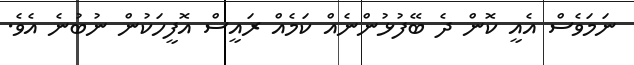
ނަމަވެސް އެއީ ކޮން ދެ ބޭފުޅުންނެއް ކަމެއް ރައީސް އޮފީހަކުން ނުބުނެ އެވެ.